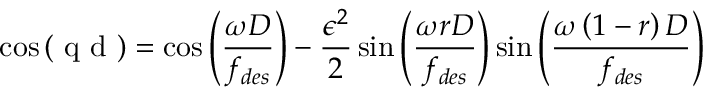
\cos \left( \mathrm { ~ q ~ d ~ } \right) = \cos \left( \frac { \omega D } { f _ { d e s } } \right) - \frac { \epsilon ^ { 2 } } { 2 } \sin \left( \frac { \omega r D } { f _ { d e s } } \right) \sin \left( \frac { \omega \left( 1 - r \right) D } { f _ { d e s } } \right)